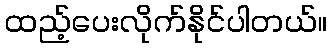
ထည့်ပေးလိုက်နိုင်ပါတယ်။